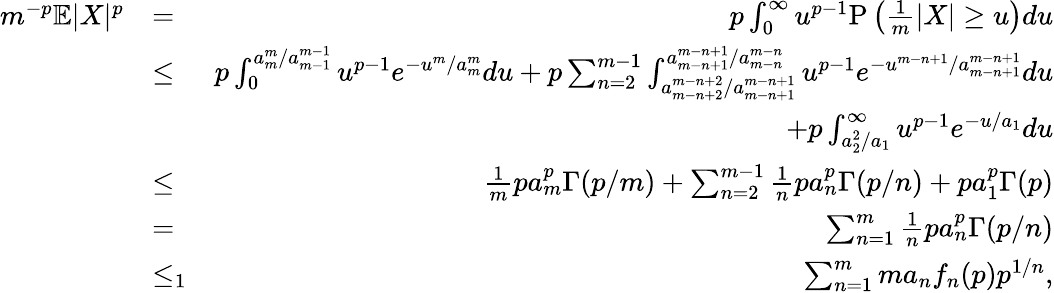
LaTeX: \begin{array}{rlr}{m^{-p}\mathbb{E}|X|^{p}}&{=}&{p\int_{0}^{\infty}u^{p-1}\mathrm{P}\left(\frac{1}{m}|X|\geq u\right)du}\\ &{\leq}&{p\int_{0}^{a_{m}^{m}/a_{m-1}^{m-1}}u^{p-1}e^{-u^{m}/a_{m}^{m}}du+p\sum_{n=2}^{m-1}\int_{a_{m-n+2}^{m-n+2}/a_{m-n+1}^{m-n+1}}^{a_{m-n+1}^{m-n+1}/a_{m-n}^{m-n}}u^{p-1}e^{-u^{m-n+1}/a_{m-n+1}^{m-n+1}}du}\\ &{}&{+p\int_{a_{2}^{2}/a_{1}}^{\infty}u^{p-1}e^{-u/a_{1}}du}\\ &{\leq}&{\frac{1}{m}pa_{m}^{p}\Gamma(p/m)+\sum_{n=2}^{m-1}\frac{1}{n}pa_{n}^{p}\Gamma(p/n)+pa_{1}^{p}\Gamma(p)}\\ &{=}&{\sum_{n=1}^{m}\frac{1}{n}pa_{n}^{p}\Gamma(p/n)}\\ &{\leq_{1}}&{\sum_{n=1}^{m}ma_{n}f_{n}(p)p^{1/n},}\end{array}